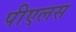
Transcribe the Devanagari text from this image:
पीएलस